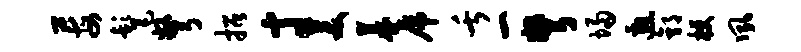
莓髦弩招寸美暮虎舌一弩埽邀郭梗夙